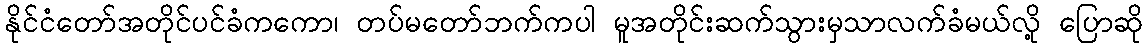
နိုင်ငံတော်အတိုင်ပင်ခံကကော၊ တပ်မတော်ဘက်ကပါ မူအတိုင်းဆက်သွားမှသာလက်ခံမယ်လို့ ပြောဆို